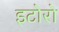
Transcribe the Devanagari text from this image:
इटोरो